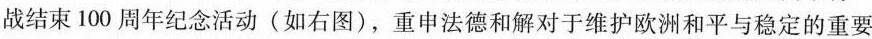
战结束100周年纪念活动(如右图)，重申法德和解对于维护欧洲和平与稳定的重要